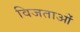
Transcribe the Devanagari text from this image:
विजताओं